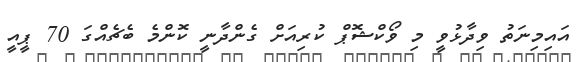
އައިމިނަތު ވިދާޅުވީ މި ވޯކްޝޮޕް ކުރިއަށް ގެންދާނީ ކޮންމެ ބެޗެއްގަ 70 ޕީއީ